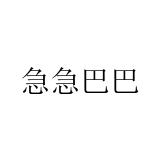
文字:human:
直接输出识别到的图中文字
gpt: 急急巴巴